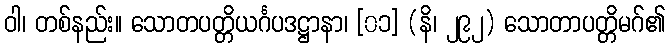
ဝါ၊ တစ်နည်း။ သောတပတ္တိယင်္ဂပဒဋ္ဌာနာ၊ [၀၁] (နိ၊ ၂၉၂) သောတာပတ္တိမဂ်၏